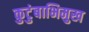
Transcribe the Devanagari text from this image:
कुटुंबाभिमुख